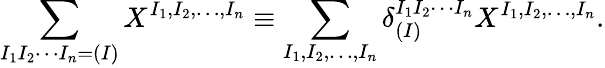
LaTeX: \sum_{I_{1}I_{2}\cdots I_{n}=(I)}X^{I_{1},I_{2},\ldots,I_{n}}\equiv\sum_{I_{1},I_{2},\ldots,I_{n}}\delta_{(I)}^{I_{1}I_{2}\cdots I_{n}}X^{I_{1},I_{2},\ldots,I_{n}}.